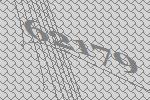
62179